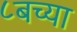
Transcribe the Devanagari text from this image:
८बच्या